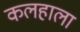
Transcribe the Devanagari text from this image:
कलहाला